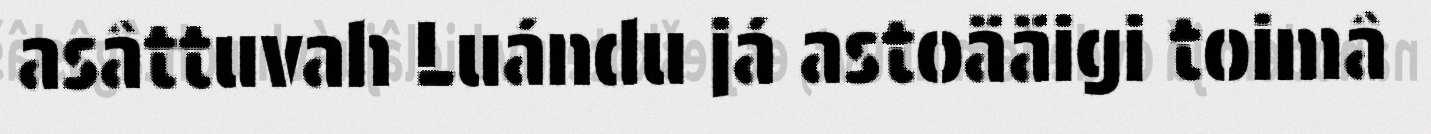
asâttuvah Luándu já astoääigi toimâ